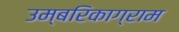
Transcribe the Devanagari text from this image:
उम्बरिकाग्राम